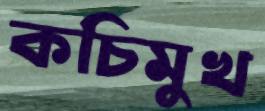
কচিমুখ